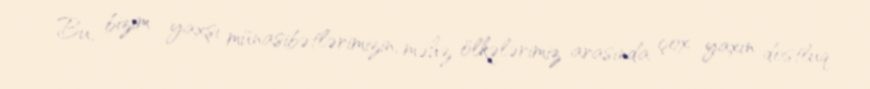
Bu, bizim yaxşı münasibətlərimizin, məhz ölkələrimiz arasında çox yaxın dostluq